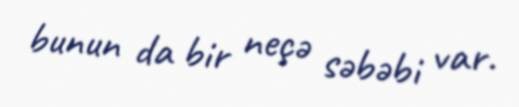
bunun da bir neçə səbəbi var.